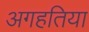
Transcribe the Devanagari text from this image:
अगहतिया